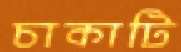
চাকাটি